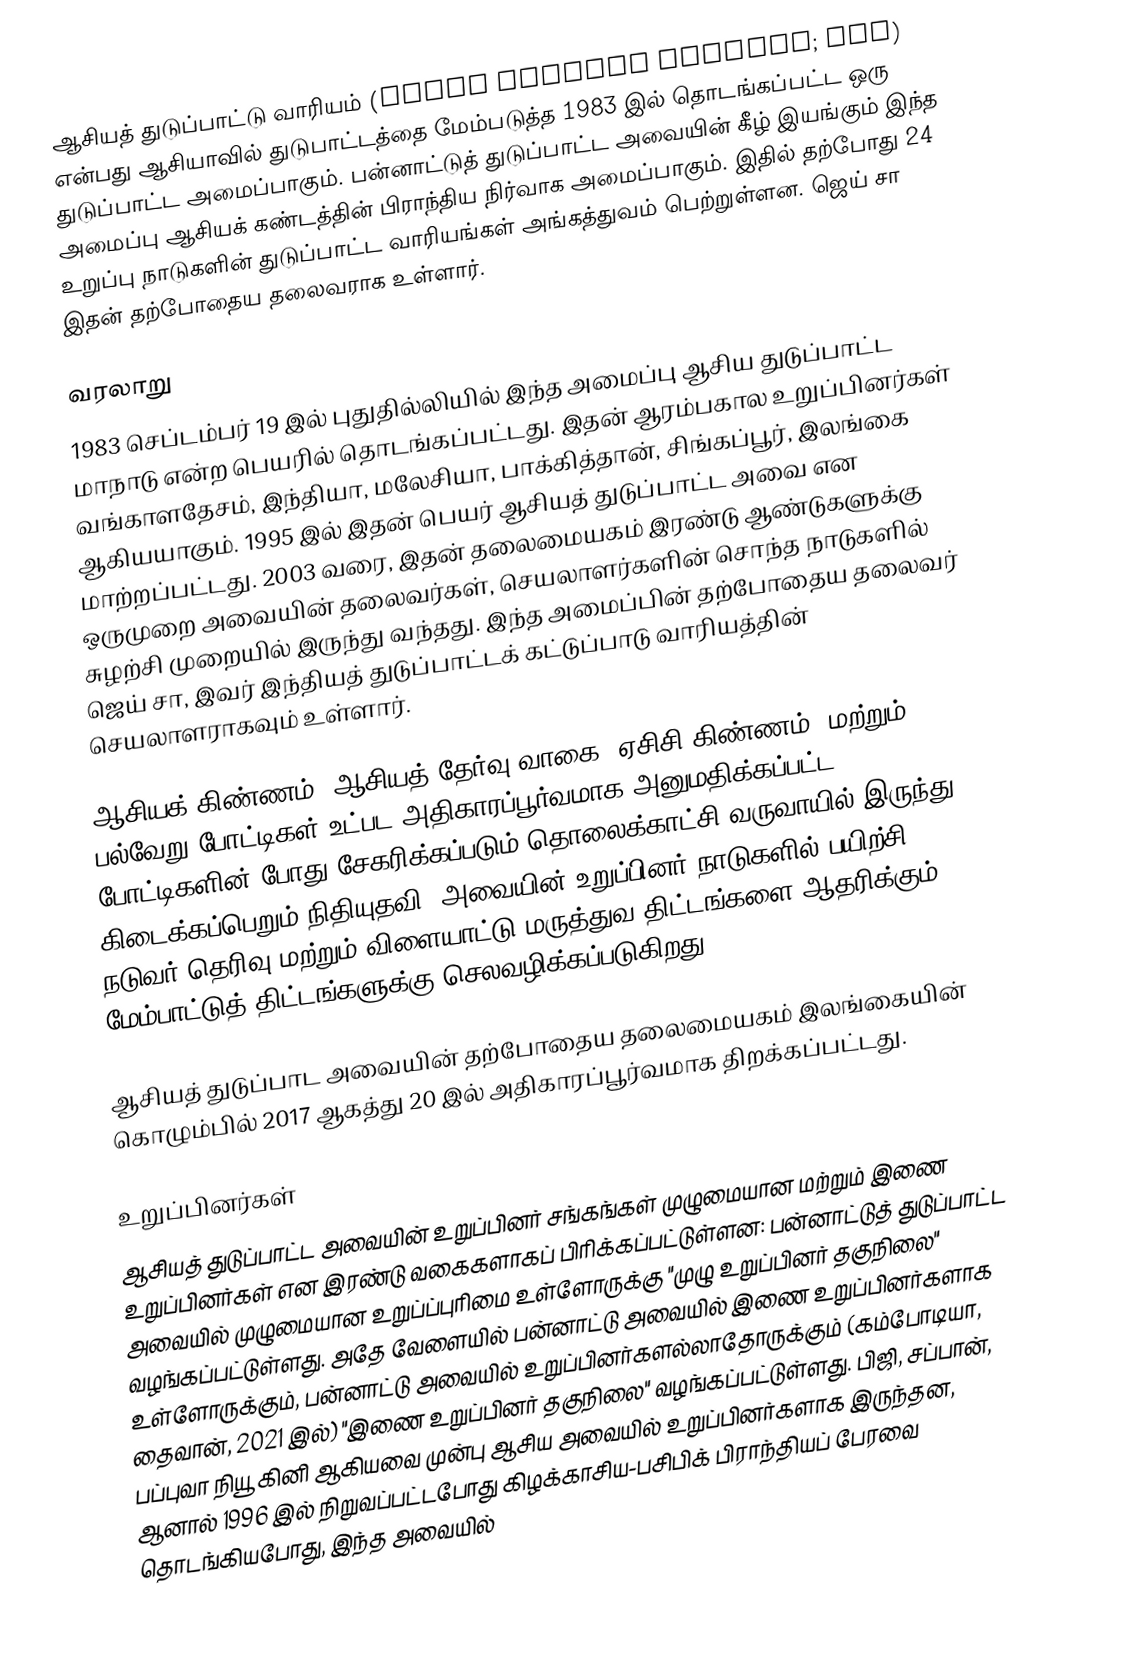
ஆசியத் துடுப்பாட்டு வாரியம் (Asian Cricket Council; ACC) என்பது ஆசியாவில் துடுபாட்டத்தை மேம்படுத்த 1983 இல் தொடங்கப்பட்ட ஒரு துடுப்பாட்ட அமைப்பாகும். பன்னாட்டுத் துடுப்பாட்ட அவையின் கீழ் இயங்கும் இந்த அமைப்பு ஆசியக் கண்டத்தின் பிராந்திய நிர்வாக அமைப்பாகும். இதில் தற்போது 24 உறுப்பு நாடுகளின் துடுப்பாட்ட வாரியங்கள் அங்கத்துவம் பெற்றுள்ளன. ஜெய் சா இதன் தற்போதைய தலைவராக உள்ளார்.

வரலாறு
1983 செப்டம்பர் 19 இல் புதுதில்லியில் இந்த அமைப்பு ஆசிய துடுப்பாட்ட மாநாடு என்ற பெயரில் தொடங்கப்பட்டது. இதன் ஆரம்பகால உறுப்பினர்கள் வங்காளதேசம், இந்தியா, மலேசியா, பாக்கித்தான், சிங்கப்பூர், இலங்கை ஆகியயாகும். 1995 இல் இதன் பெயர் ஆசியத் துடுப்பாட்ட அவை என மாற்றப்பட்டது. 2003 வரை, இதன் தலைமையகம் இரண்டு ஆண்டுகளுக்கு ஒருமுறை அவையின் தலைவர்கள், செயலாளர்களின் சொந்த நாடுகளில் சுழற்சி முறையில் இருந்து வந்தது. இந்த அமைப்பின் தற்போதைய தலைவர் ஜெய் சா, இவர் இந்தியத் துடுப்பாட்டக் கட்டுப்பாடு வாரியத்தின் செயலாளராகவும் உள்ளார்.

ஆசியக் கிண்ணம், ஆசியத் தேர்வு வாகை, ஏசிசி கிண்ணம், மற்றும் பல்வேறு போட்டிகள் உட்பட அதிகாரப்பூர்வமாக அனுமதிக்கப்பட்ட போட்டிகளின் போது சேகரிக்கப்படும் தொலைக்காட்சி வருவாயில் இருந்து கிடைக்கப்பெறும் நிதியுதவி, அவையின் உறுப்பினர் நாடுகளில் பயிற்சி, நடுவர் தெரிவு மற்றும் விளையாட்டு மருத்துவ திட்டங்களை ஆதரிக்கும் மேம்பாட்டுத் திட்டங்களுக்கு செலவழிக்கப்படுகிறது.

ஆசியத் துடுப்பாட அவையின் தற்போதைய தலைமையகம் இலங்கையின் கொழும்பில் 2017 ஆகத்து 20 இல் அதிகாரப்பூர்வமாக திறக்கப்பட்டது.

உறுப்பினர்கள்
ஆசியத் துடுப்பாட்ட அவையின் உறுப்பினர் சங்கங்கள் முழுமையான மற்றும் இணை உறுப்பினர்கள் என இரண்டு வகைகளாகப் பிரிக்கப்பட்டுள்ளன: பன்னாட்டுத் துடுப்பாட்ட அவையில் முழுமையான உறுப்ப்புரிமை உள்ளோருக்கு "முழு உறுப்பினர் தகுநிலை" வழங்கப்பட்டுள்ளது. அதே வேளையில் பன்னாட்டு அவையில் இணை உறுப்பினர்களாக உள்ளோருக்கும், பன்னாட்டு அவையில் உறுப்பினர்களல்லாதோருக்கும் (கம்போடியா, தைவான், 2021 இல்) "இணை உறுப்பினர் தகுநிலை" வழங்கப்பட்டுள்ளது. பிஜி, சப்பான், பப்புவா நியூ கினி ஆகியவை முன்பு ஆசிய அவையில் உறுப்பினர்களாக இருந்தன, ஆனால் 1996 இல் நிறுவப்பட்டபோது கிழக்காசிய-பசிபிக் பிராந்தியப் பேரவை தொடங்கியபோது, இந்த அவையில்